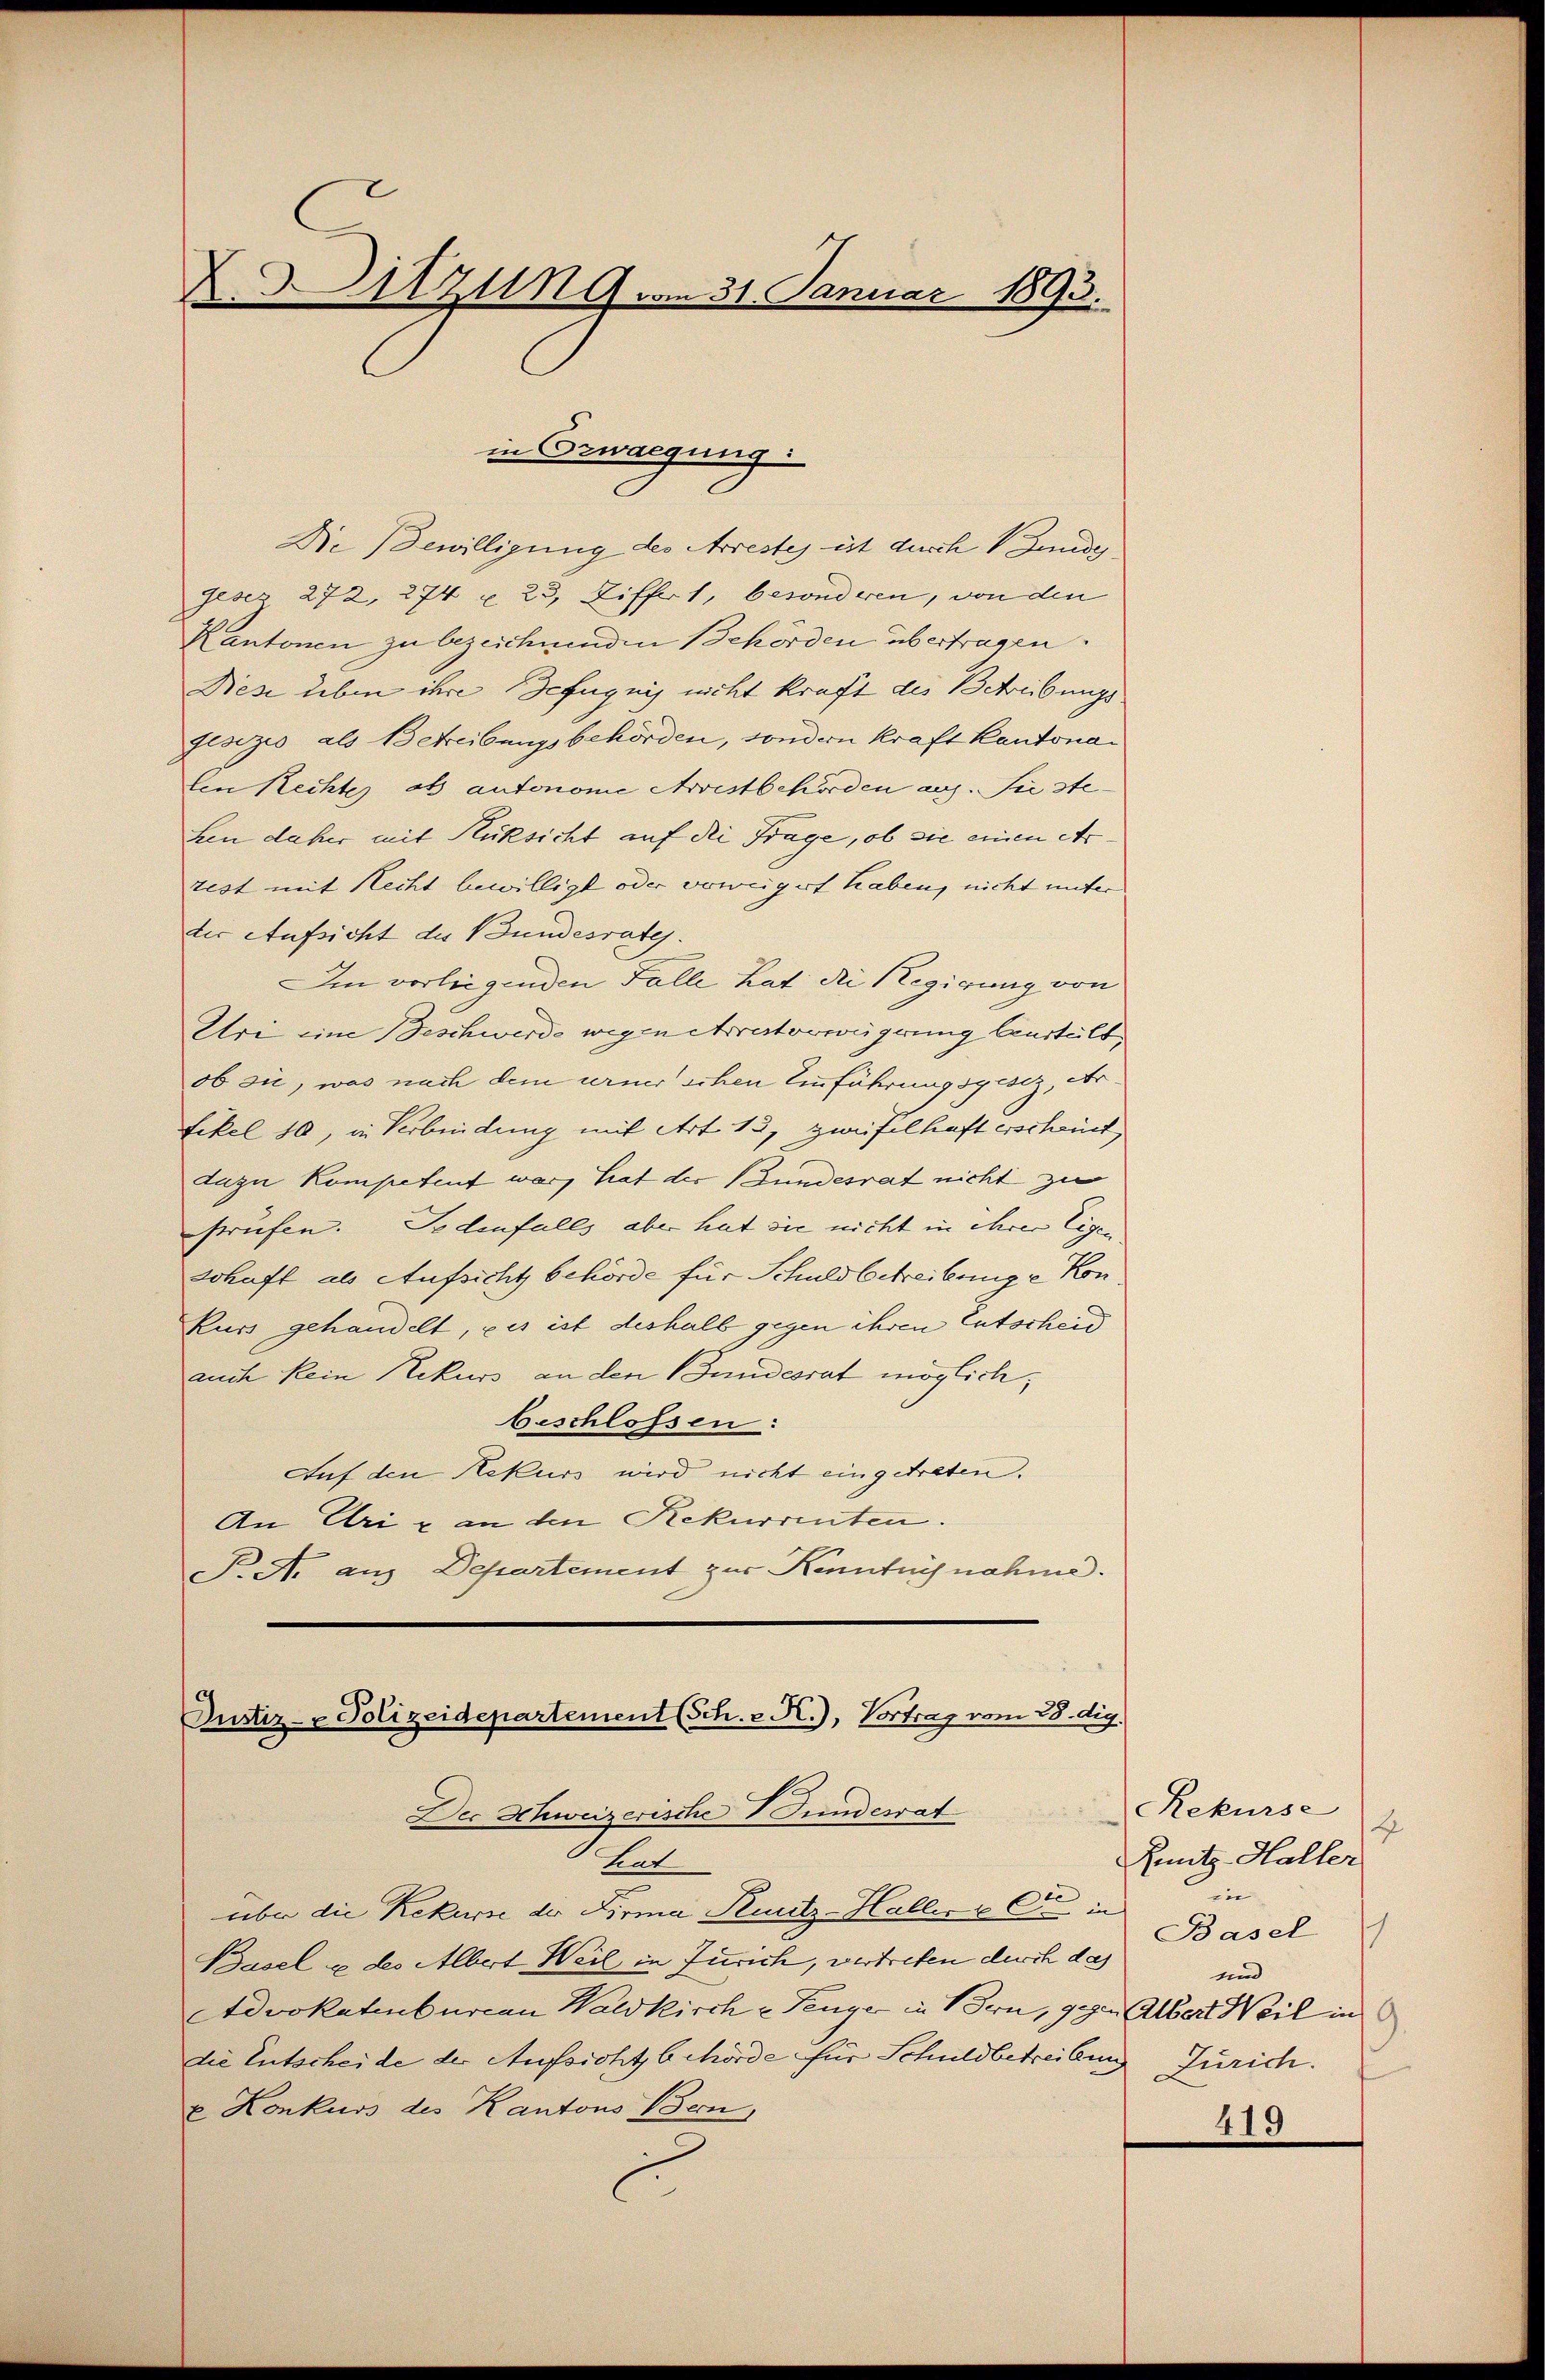
.
Sitzung am 31. Januar 189.
3.

Die Bewilligung des Arrestes ist durch Bunde
geses 272, 274 u. 23, Ziffert, besonderen, von den
Kantonen zu bezeichnenden Behörden übertragen.
Niese leben ihre Befugnis nicht kraft des Betreibungsfesizio, als Betreibungsbehörden, sondern kraft kantonalen Rechtes ob autonome Arrestbehörden aus. Sie ste
Len daher mit Rüksicht auf die Frage, ob sie einen Ar
test mit Recht bewilligt oder vorweigert haben, nicht unter
ter Aufsicht des Bundesrate.
IIm vorliegenden Falle hat die Regierung von
Uri eine Beschwerde wegen Aratorwürung beurteilt,
ob sie, was nach dem erner schen Einführungsgesiz, Artikel 10, in Verbindung mit Art. 13, Zweifelhaft erscheint
dazu kompetent war, hat der Bundesrat nicht zu
srüfen. Sodenfalls aber hat die nicht in ihrer Eigen
schaft als Aufsicht behörde für Schuld betreibunge Kon
kurs gehandelt, es ist deshalb gegen ihren Entscheid
auch kein Rekurs an den Bundesrat möglich;
beschlossen:
Auf den Rekurs wird nicht eingetreten.
An Uri & an den Rekurrenten.
P. A. aus Departement zur Kenntnisnahme.

in Gewaegung:

Justiz- & Polizeidepartement (Sch. 2. R.), Vortrag vom 28. dig.
Der Schweizerische Gundesrat
tat
über die Rekurse der Firma Ruutz-Halle & Cie in

Basel u. des Albert Weil in Zürich, vertreten durch das Basel
Advokatenburcan Waldkirche Tenge in Bern, gegen Albert Weil in
die Entscheide der Aufsicht behörde für Schuldbetreibung Zürich.
x Konkurs des Kantons Bern
E

Rekurse
4
Zuntz-Haller
in
und

419